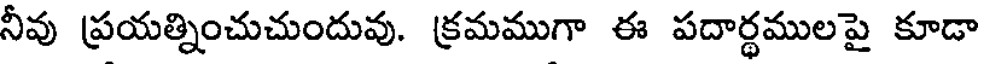
నీవు ప్రయత్నించుచుందువు. క్రమముగా ఈ పదార్థములపై కూడా